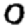
Digit: 0